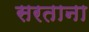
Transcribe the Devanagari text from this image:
सरताना